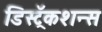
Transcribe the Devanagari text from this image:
डिस्ट्रॅकशन्स